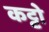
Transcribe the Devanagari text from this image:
कट्टो